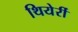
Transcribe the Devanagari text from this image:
थियेर्री